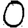
Digit: 0